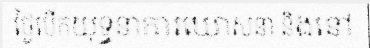
ថ្ងៃបើកយុទ្ធនាការឃោសនា និងនៅ